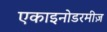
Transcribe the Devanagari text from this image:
एकाइनोडरमीज़